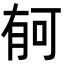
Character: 𣍳